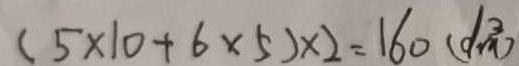
( 5 \times 1 0 + 6 \times 5 ) \times 2 = 1 6 0 ( d m ^ { 3 } )